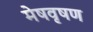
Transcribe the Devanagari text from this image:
मेषवृषण